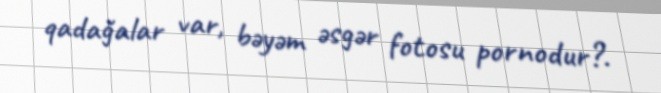
qadağalar var, bəyəm əsgər fotosu pornodur?.